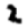
Digit: 2